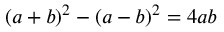
( a + b ) ^ { 2 } - ( a - b ) ^ { 2 } = 4 a b